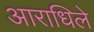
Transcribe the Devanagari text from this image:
आराधिले